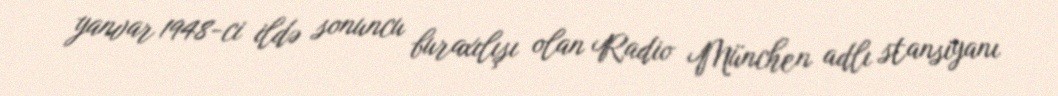
yanvar 1948-ci ildə sonuncu buraxılışı olan Radio München adlı stansiyanı